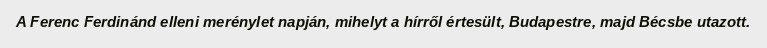
A Ferenc Ferdinánd elleni merénylet napján, mihelyt a hírről értesült, Budapestre, majd Bécsbe utazott.